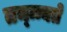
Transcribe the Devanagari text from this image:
तन्न्न्यते